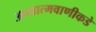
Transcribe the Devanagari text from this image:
अध्यात्मवाणीकडे